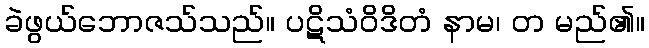
ခဲဖွယ်ဘောဇသ်သည်။ ပဋိသံဝိဒိတံ နာမ၊ တ မည်၏။